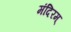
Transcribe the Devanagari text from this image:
मंदिरम्‌